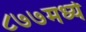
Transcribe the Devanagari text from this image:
८७७मध्ये